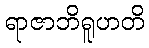
ရာဇာဘိရူဟတိ